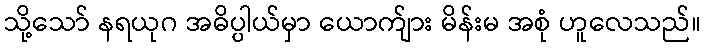
သို့သော် နရယုဂ အဓိပ္ပါယ်မှာ ယောက်ျား မိန်းမ အစုံ ဟူလေသည်။